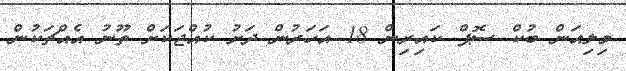
މިލިއަން ބުކް ސޮޕް ކައިރިން 18 އަހަރުން ދަށު ކުއްޖަކަށް ތޫނު އެއްޗަކުން